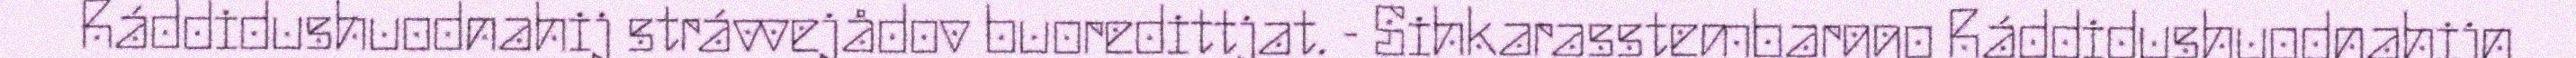
Ráddidushuodnahij strávvejådov buoredittjat. - Sihkarasstembarggo Ráddidushuodnahijn